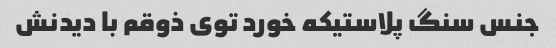
جنس سنگ پلاستیکه خورد توی ذوقم با دیدنش